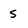
Character: 5